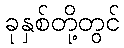
ခုနှစ်တို့တွင်